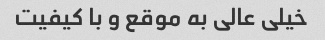
خیلی عالی به موقع و با کیفیت